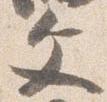
文